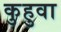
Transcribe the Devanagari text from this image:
कुहुवा